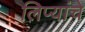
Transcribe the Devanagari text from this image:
लिप्यांचे